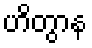
ဟိတွာန